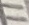
Text: 11